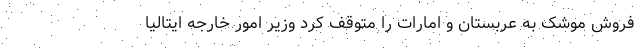
فروش موشک به عربستان و امارات را متوقف کرد وزیر امور خارجه ایتالیا